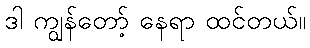
ဒါ ကျွန်တော့် နေရာ ထင်တယ်။